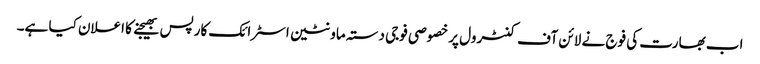
اب بھارت کی فوج نے لائن آف کنٹرول پر خصوصی فوجی دستہ ماونٹین اسٹرائک کارپس بھیجنے کا اعلان کیا ہے۔